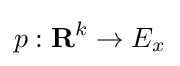
p:\mathbf {R} ^{k}\to E_{x}